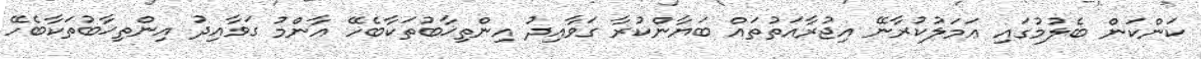
ކަންކަން ބެލުމުގައި ޢަމަލުކުރާނޭ އިޖުރާއަތުތައް ބަޔާންކުރާ ގަވާއިދު އިންތިޚާބުތަކާބެހޭ އާންމު ގަވާއިދު އިންތިޚާބުތަކާބެހޭ